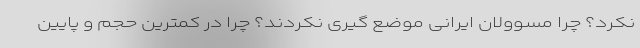
نکرد؟ چرا مسوولان ایرانی موضع گیری نکردند؟ چرا در کمترین حجم و پایین